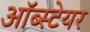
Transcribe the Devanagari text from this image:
ऑब्स्टेयर